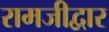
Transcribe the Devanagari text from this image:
रामजीद्वार